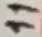
Text: 11